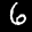
Label: 6